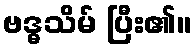
ဗဒ္ဓသိမ် ပြီး၏။